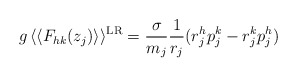
\begin{align*}g \, \langle\langle F_{hk}(z_j) \rangle\rangle^{{\rm LR}} =\frac{\sigma}{m_j} \frac{1}{r_j} (r_j^h p_j^k - r_j^k p_j^h)\end{align*}